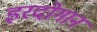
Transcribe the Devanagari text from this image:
इरदोगान